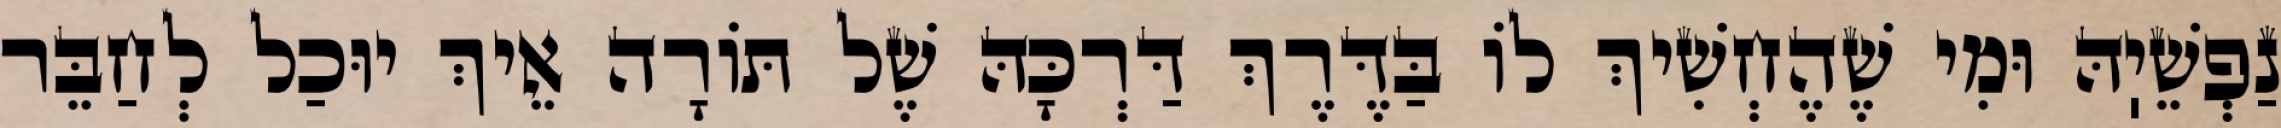
נַפְשֵׁיֽהּ וּמִי שֶׁהֶחְשִׁיךְ לוֹ בַּדֶּרֶךְ דַּרְכָּהּ שֶׁל תּוֹרָה אֵיךְ יוּכַל לְחַבֵּר